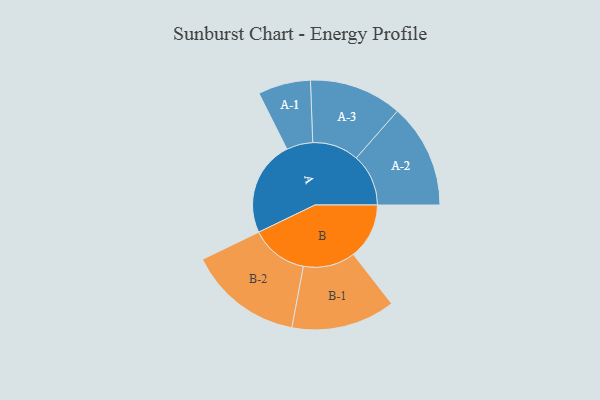
{"axis": {"x": "Segment", "y": "Value"}, "legend": ["", "A", "B"], "data": [{"x": "A", "y": 446, "type": ""}, {"x": "B", "y": 261, "type": ""}, {"x": "A-1", "y": 123, "type": "A"}, {"x": "A-2", "y": 244, "type": "A"}, {"x": "A-3", "y": 217, "type": "A"}, {"x": "B-1", "y": 243, "type": "B"}, {"x": "B-2", "y": 268, "type": "B"}]}